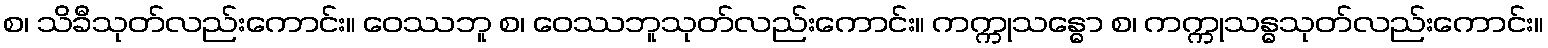
စ၊ သိခီသုတ်လည်းကောင်း။ ဝေဿဘူ စ၊ ဝေဿဘူသုတ်လည်းကောင်း။ ကက္ကုသန္ဓော စ၊ ကက္ကုသန္ဓသုတ်လည်းကောင်း။